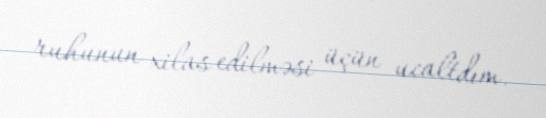
ruhunun xilas edilməsi üçün ucaltdım.